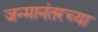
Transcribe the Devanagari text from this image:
जन्मानंतरच्या